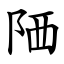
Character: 䧈